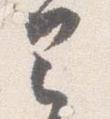
已